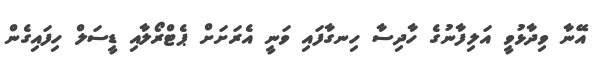
އޭނާ ވިދާޅުވީ އަލިފާނުގެ ހާދިސާ ހިނގާފައި ވަނީ އެރަށަށް ޕެޓްރޯލާއި ޑީސަލް ހިފައިގެން